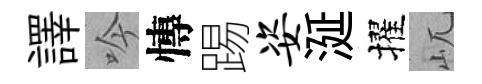
譯吟慱踢姿涎擢屼